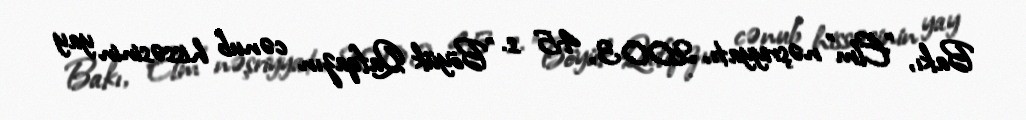
Bakı, "Elm" nəşriyyatı, 2003, 45 s. "Böyük Qafqazın cənub hissəsinin yay